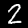
Label: 2